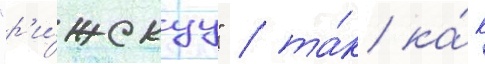
"р'и́жскуу" / та́к ка́к